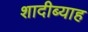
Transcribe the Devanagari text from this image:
शादीब्याह